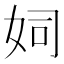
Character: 㚸